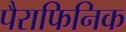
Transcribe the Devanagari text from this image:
पैराफिनिक